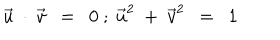
LaTeX: \vec { u } \ \cdot \ \vec { v } \ \ = \ \ 0 \ ; \ \vec { u } ^ { 2 } \ + \ \vec { v } ^ { 2 } \ \ = \ \ 1 \